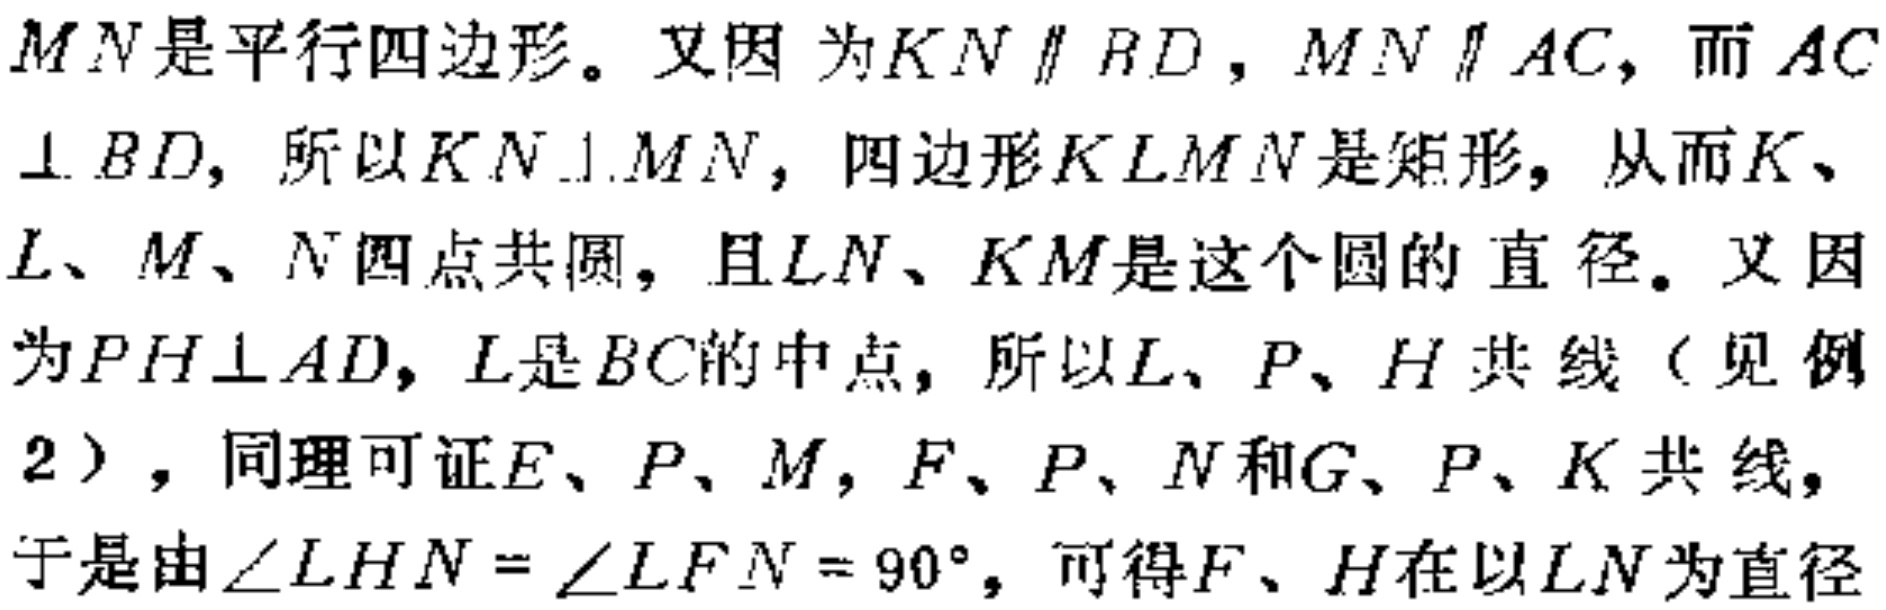
$MN是平行四边形。又因为KN\parallel BD，MN\parallel AC，而AC\perp BD，所以KN\perp MN，四边形KLMN是矩形，从而K、L、M、N四点共圆，且LN、KM是这个圆的直径。又因为PH\perp AD，L是BC的中点，所以L、P、H共线（见例2），同理可证E、P、M，F、P、N和G、P、K共线，于是由\angle LHN = \angle LFN = 90^{\circ}，可得F、H在以LN为直径$